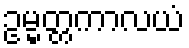
ဥမ္မတ္တကာလယံ